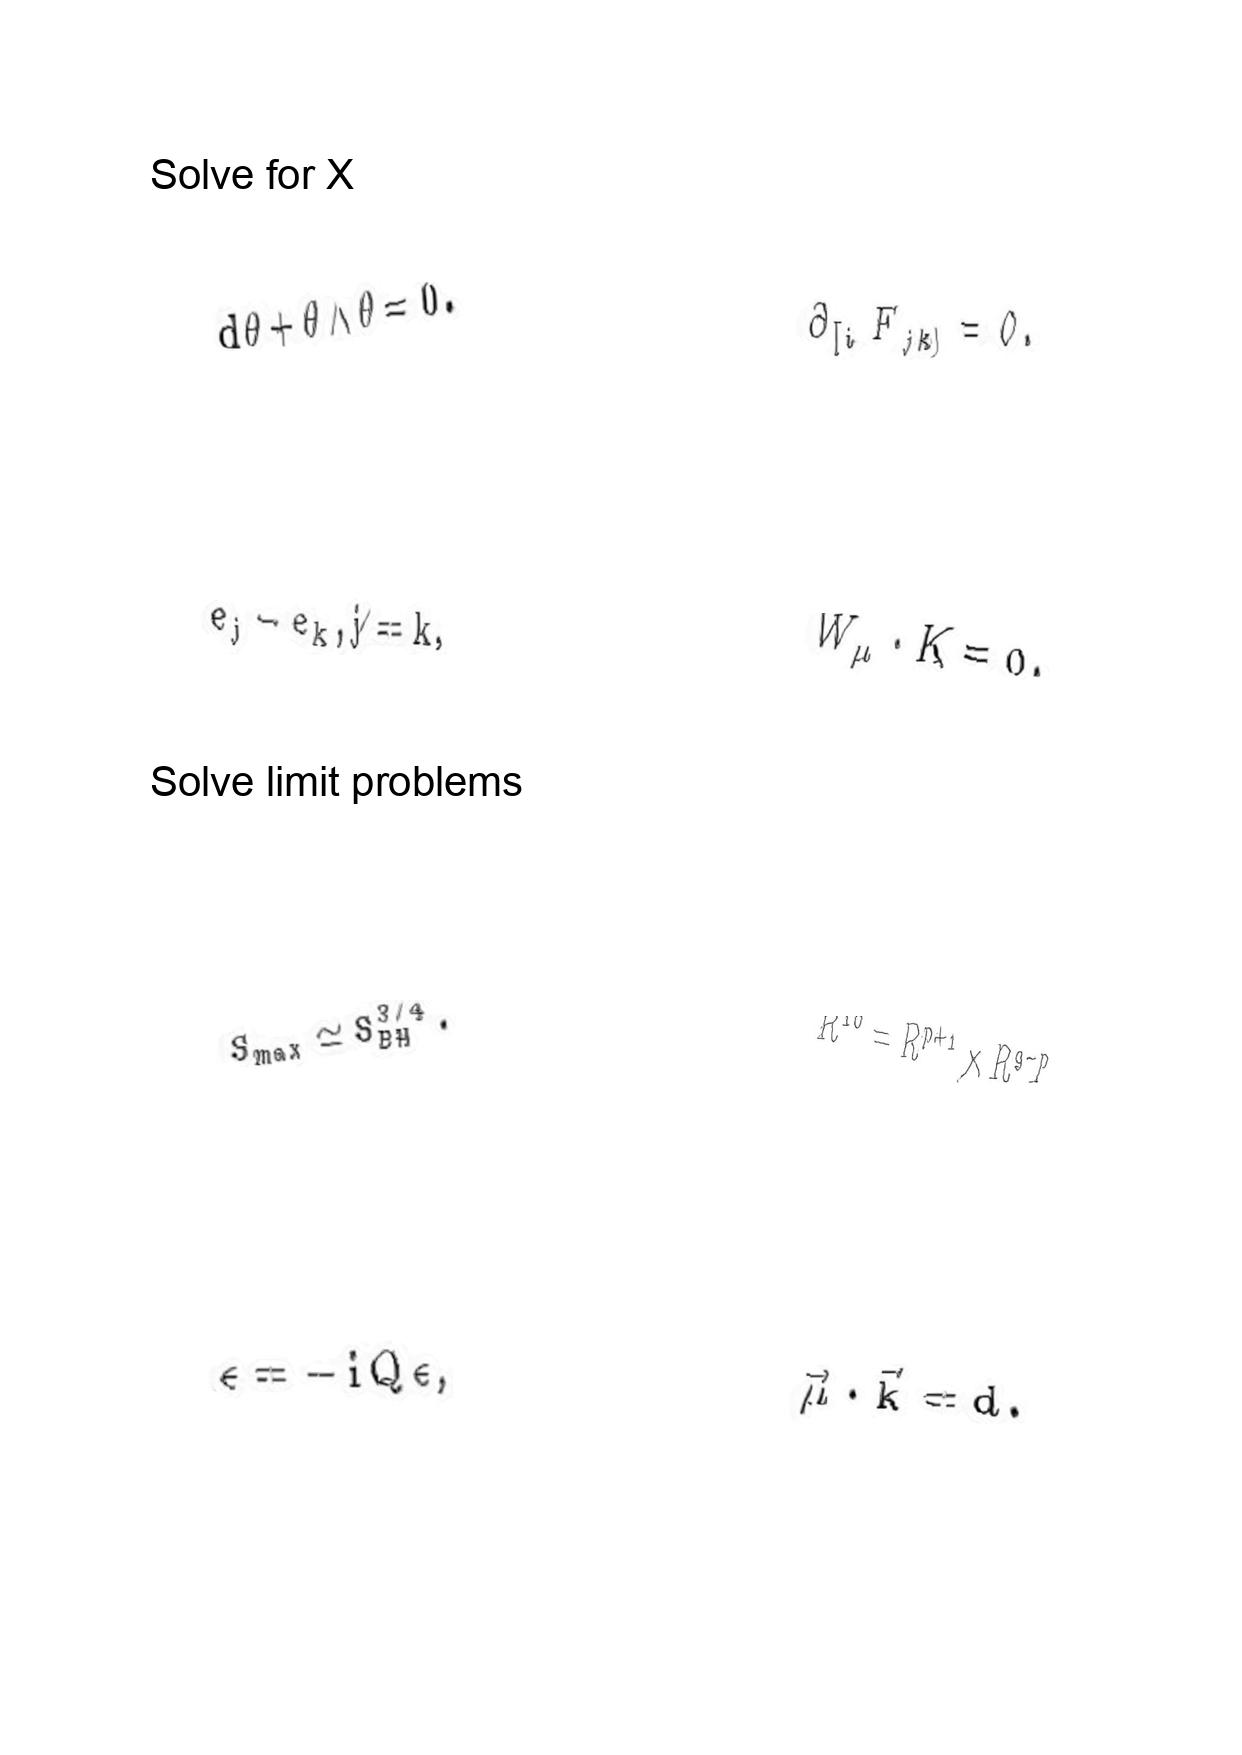
LaTeX transcription:
d \theta + \theta \wedge \theta = 0 .
e _ { j } - e _ { k } , j \neq k ,
S _ { m a x } \simeq S _ { B H } ^ { 3 / 4 } .
\epsilon = - i Q \epsilon ,
\partial _ { \lbrack i } F _ { j k \rbrack } = 0 .
W _ { \mu } \cdot K = 0 .
R ^ { 1 0 } = R ^ { p + 1 } \times R ^ { 9 - p } ,
\vec { \mu } \cdot \vec { k } = d .